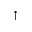
\uparrow